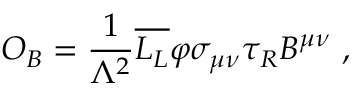
{ \cal O } _ { B } = \frac { 1 } { \Lambda ^ { 2 } } \overline { { { L _ { L } } } } \varphi \sigma _ { \mu \nu } \tau _ { R } B ^ { \mu \nu } ~ ,